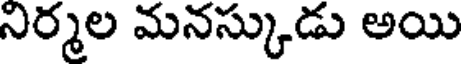
నిర్మల మనస్కుడు అయి